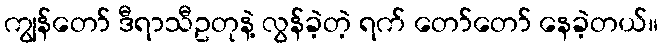
ကျွန်တော် ဒီရာသီဥတုနဲ့ လွန်ခဲ့တဲ့ ရက် တော်တော် နေခဲ့တယ်။